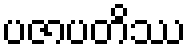
ပဇာပတိဿ